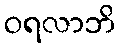
ဝရလာဘိ